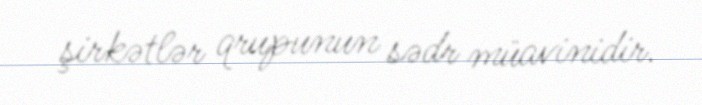
şirkətlər qrupunun sədr müavinidir.